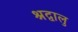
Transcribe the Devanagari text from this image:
श्रद्वालु